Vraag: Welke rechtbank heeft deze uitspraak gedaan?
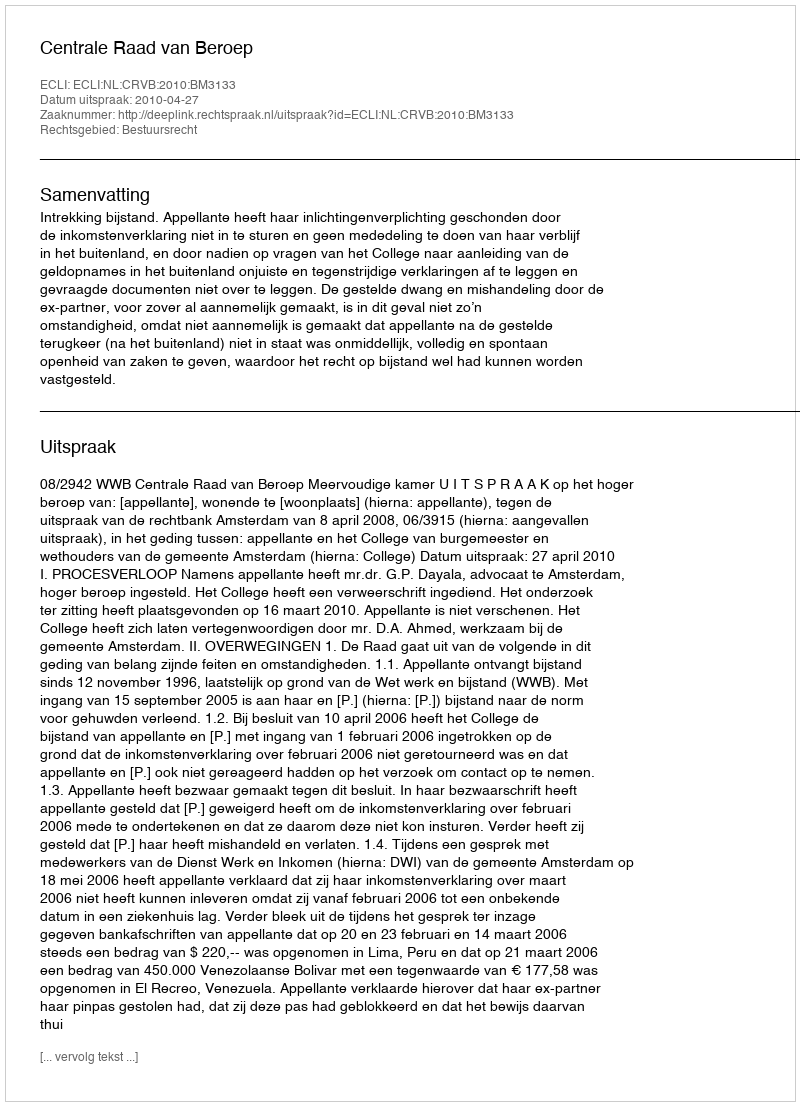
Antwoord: Centrale Raad van Beroep